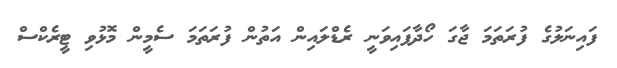
ފައިނަލުގެ ފުރަތަމަ ޖާގަ ހޯދާފައިވަނީ ރެޑްލައިން އަތުން ފުރަތަމަ ސެމީން މޮޅުވި ޓީރެކްސް